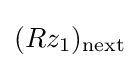
(Rz_{1})_{\text{next}}